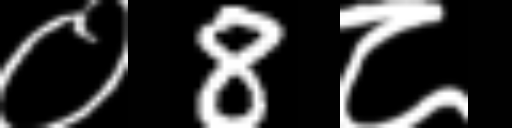
Text: ०8८